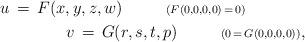
LaTeX: \begin{align*}u\,=\,F(x,y,z,w)\ \ \ \ \ \ \ \ {\scriptstyle{(F(0,0,0,0)\,=\,0)}}\ \ \ \ \ \ \ \ \ \ \ \\ \ \ \ \ \ \ \ \ \ \ \ v\,=\,G(r,s,t,p)\ \ \ \ \ \ \ \ {\scriptstyle{(0\,=\,G(0,0,0,0))}},\end{align*}